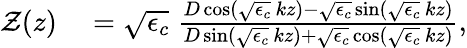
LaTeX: \begin{array}{rl}{\mathcal{Z}(z)}&{{}=\sqrt{\epsilon_{c}}\; \frac{D\cos(\sqrt{\epsilon_{c}}\, kz)-\sqrt{\epsilon_{c}}\sin(\sqrt{\epsilon_{c}}\, kz)}{D\sin(\sqrt{\epsilon_{c}}\, kz)+\sqrt{\epsilon_{c}}\cos(\sqrt{\epsilon_{c}}\, kz)},}\end{array}